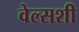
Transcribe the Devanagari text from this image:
वेल्सशी